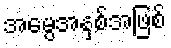
အမွေအနှစ်အဖြစ်